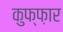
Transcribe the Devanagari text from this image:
कुफ्फ़ार